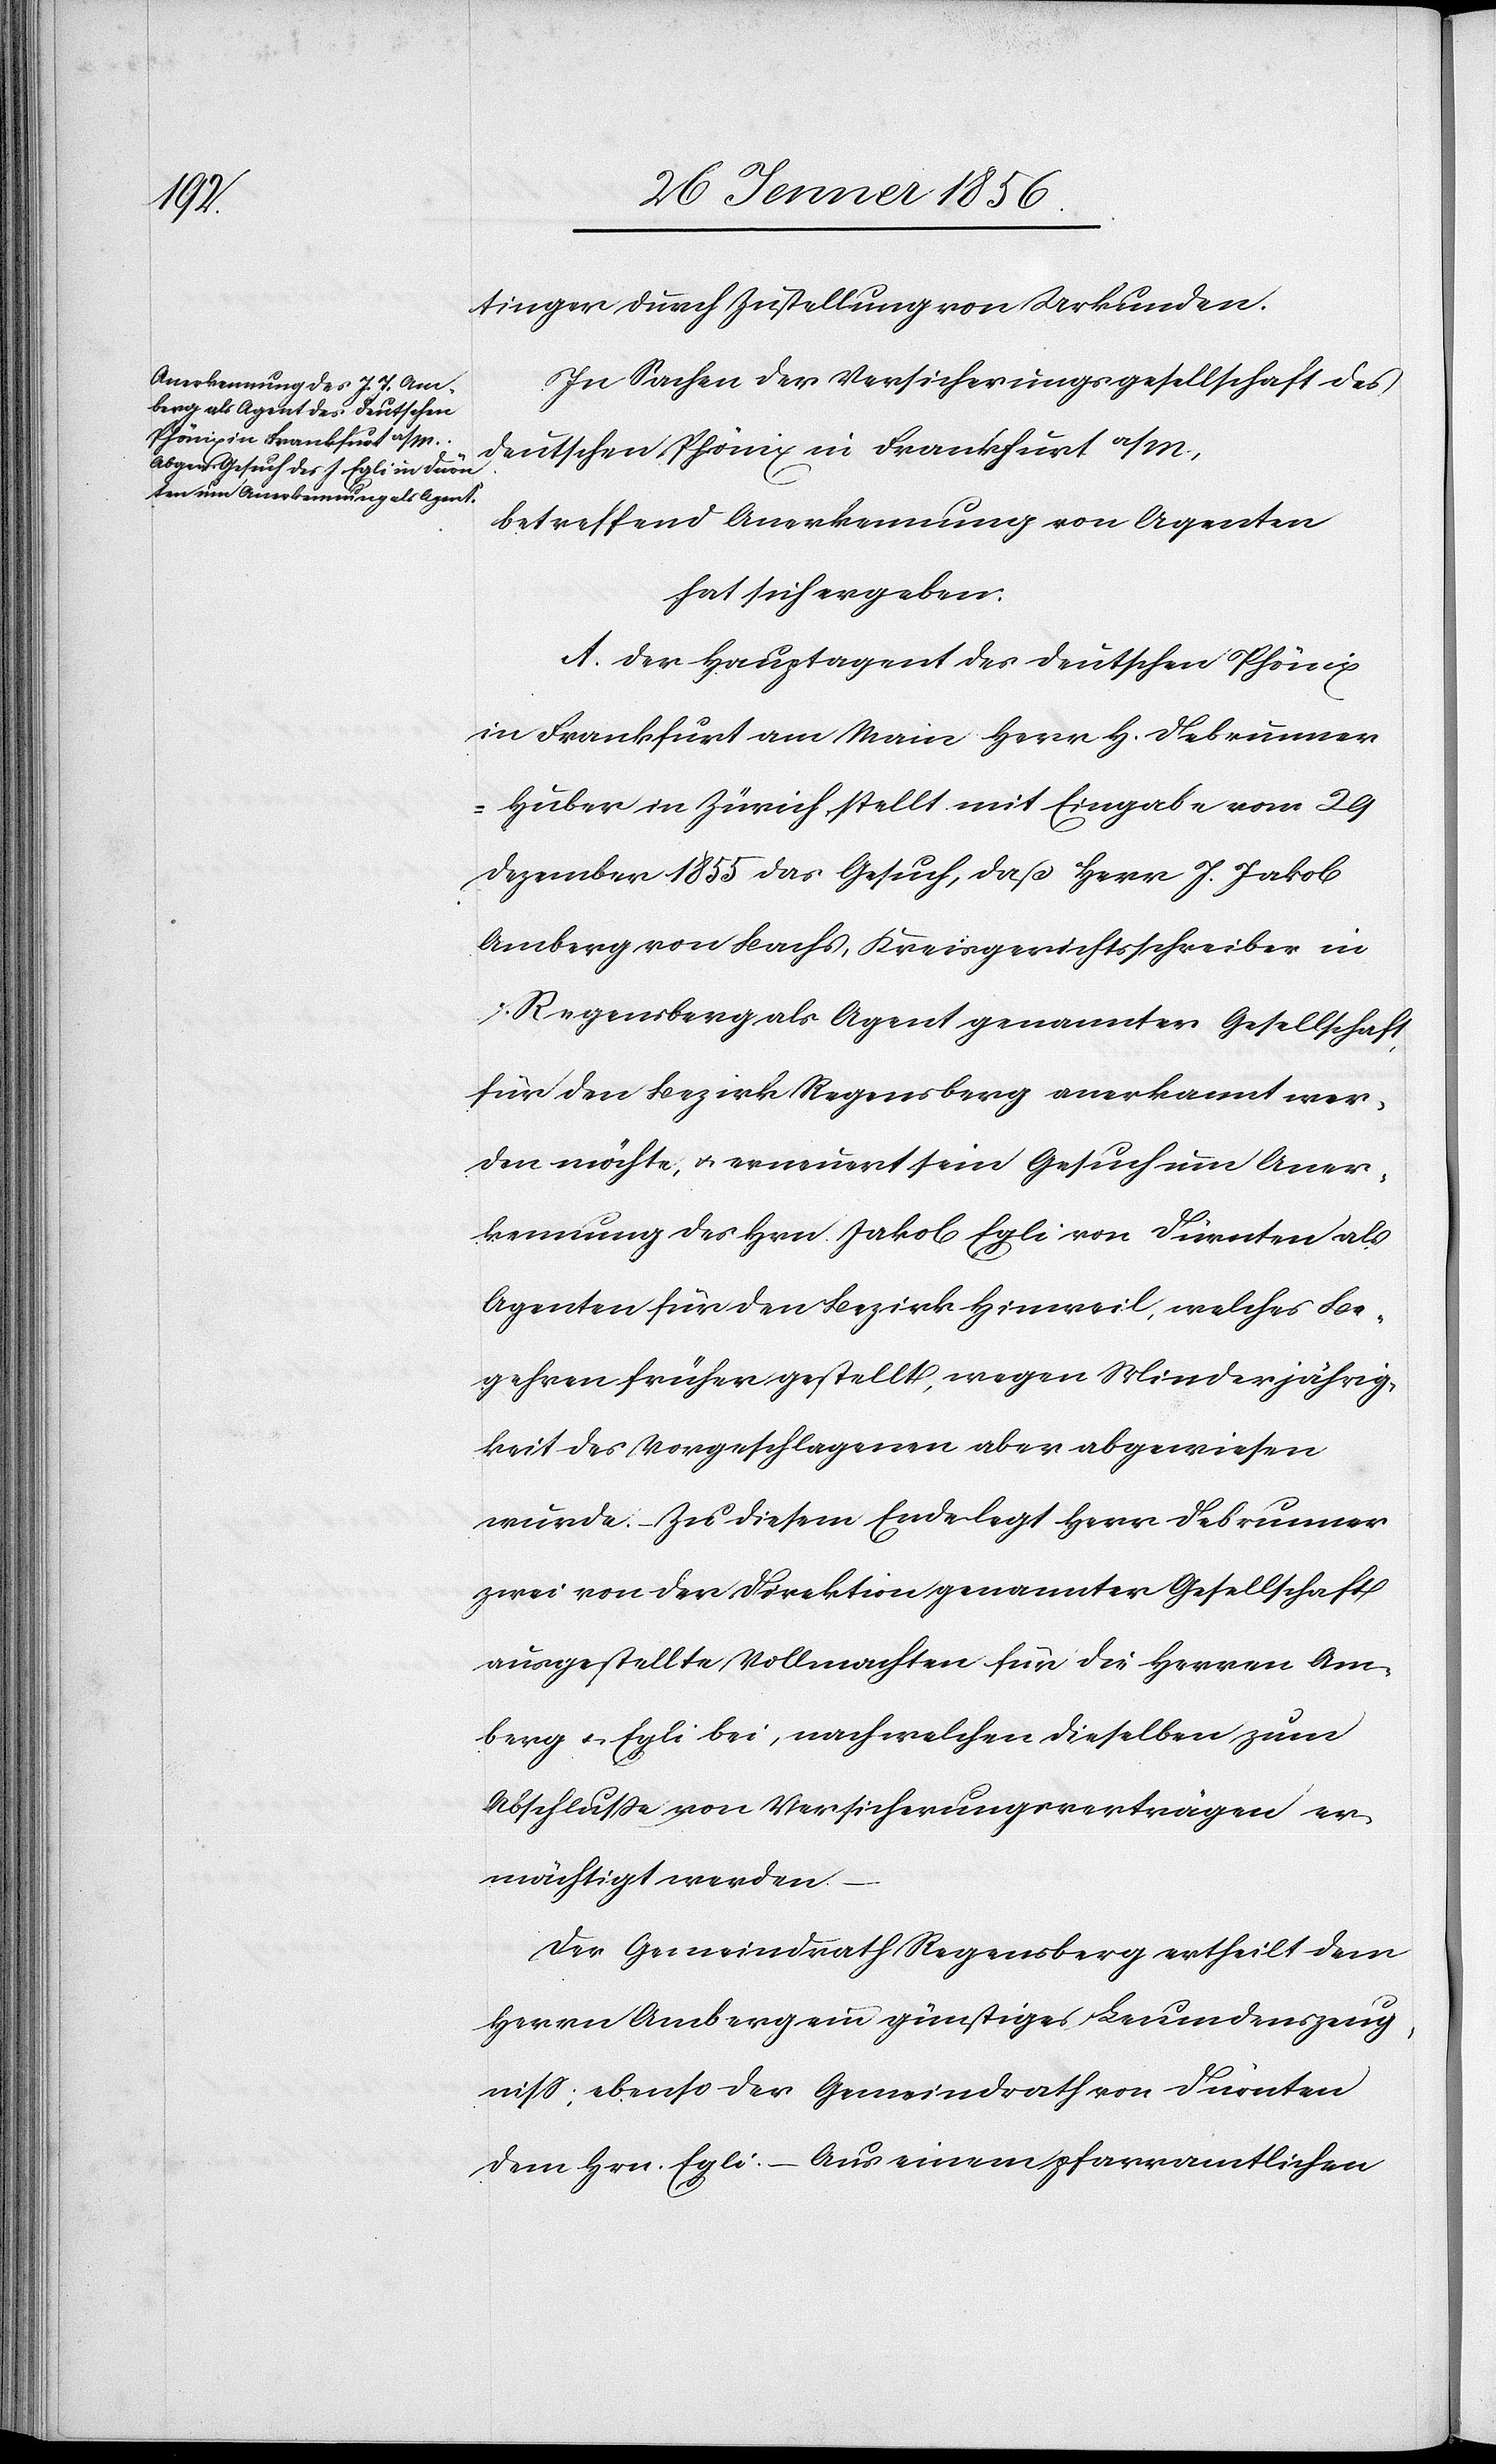
tinger durch Zustellung von Urkunden.
In Sachen der Versicherungsgesellschaft des
deutschen Phönix in Frankfurt a/M.,
betreffend Anerkennung von Agenten
hat sich ergeben:
A. Der Hauptagent des deutschen Phönix
in Frankfurt am Main Herr H. Debrunne¬
r-Huber in Zürich stellt mit Eingabe vom 29
Dezember 1855 das Gesuch, daß Herr J. Jakob
Amberg von Bachs, Kreisgerichtsschreiber in
Regensberg als Agent genannter Gesellschaft,
für den Bezirk Regensberg anerkannt wer¬
den möchte, u. erneuert sein Gesuch um Aner¬
kennung des Hrn. Jakob Egli von Dürnten als
Agenten für den Bezirk Hinweil, welches Be¬
gehren früher gestellt, wegen Minderjährig¬
keit des Vorgeschlagenen aber abgewiesen
wurde. – Zu diesem Ende legt Herr Debrunner
zwei von der Direktion genannter Gesellschaft
ausgestellte Vollmachten für die Herren Am¬
berg u. Egli bei, nach welchen dieselben zum
Abschluße von Versicherungsverträgen er¬
mächtigt werden.
Der Gemeindrath Regensberg ertheilt dem
Herrn Amberg ein günstiges Leumdenszeug¬
niß; ebenso der Gemeindrath von Dürnten
dem Hrn. Egli. – Aus einem pfarramtlichen